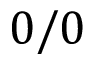
0 / 0